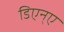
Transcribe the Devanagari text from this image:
डिएन्ए